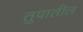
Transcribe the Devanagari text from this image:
तुपातील